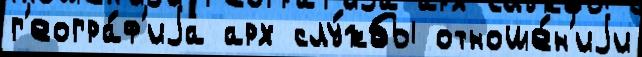
г'еогра́ф'иjа арх слу́жбы отноше́н'иjи